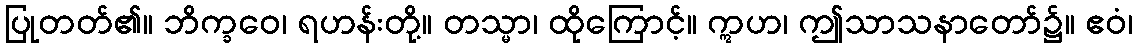
ပြုတတ်၏။ ဘိက္ခဝေ၊ ရဟန်းတို့။ တသ္မာ၊ ထိုကြောင့်။ ဣဟ၊ ဤသာသနာတော်၌။ ဧဝံ၊